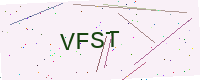
Text: VFST